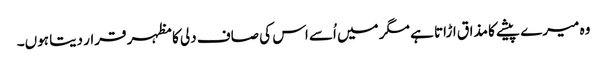
وہ میرے پیشے کا مذاق اڑاتا ہے مگر میں اُسے اس کی صاف دلی کا مظہر قرار دیتا ہوں۔